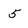
Character: 5